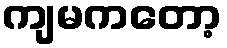
ကျမကတော့